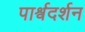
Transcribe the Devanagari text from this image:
पार्श्वदर्शन